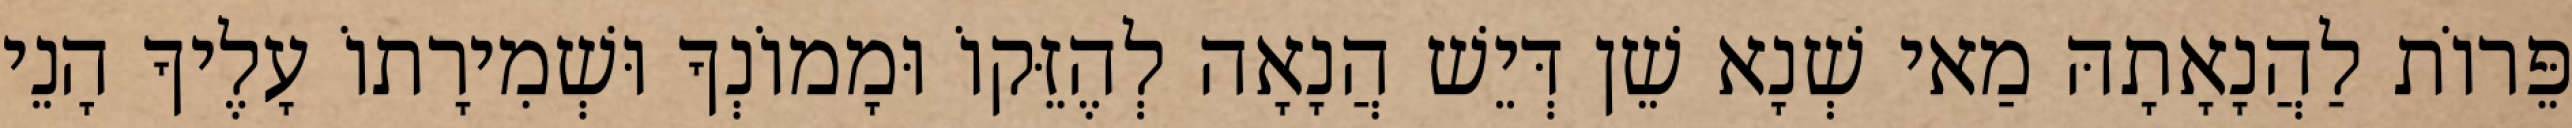
פֵּרוֹת לַהֲנָאָתָהּ מַאי שְׁנָא שֵׁן דְּיֵשׁ הֲנָאָה לְהֶזֵּקוֹ וּמָמוֹנְךָ וּשְׁמִירָתוֹ עָלֶיךָ הָנֵי